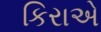
કિરાએ